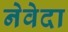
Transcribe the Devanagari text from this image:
नेवेदा